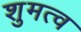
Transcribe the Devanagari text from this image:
शुमत्व